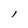
Character: l